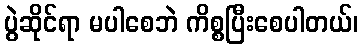
ပွဲဆိုင်ရာ မပါစေဘဲ ကိစ္စပြီးစေပါတယ်၊